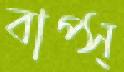
বাপ্‌স্‌